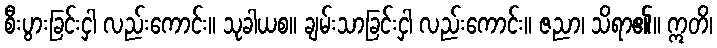
စီးပွားခြင်းငှါ လည်းကောင်း။ သုခါယစ။ ချမ်းသာခြင်းငှါ လည်းကောင်း။ ဇညာ၊ သိရာ၏။ ဣတိ၊